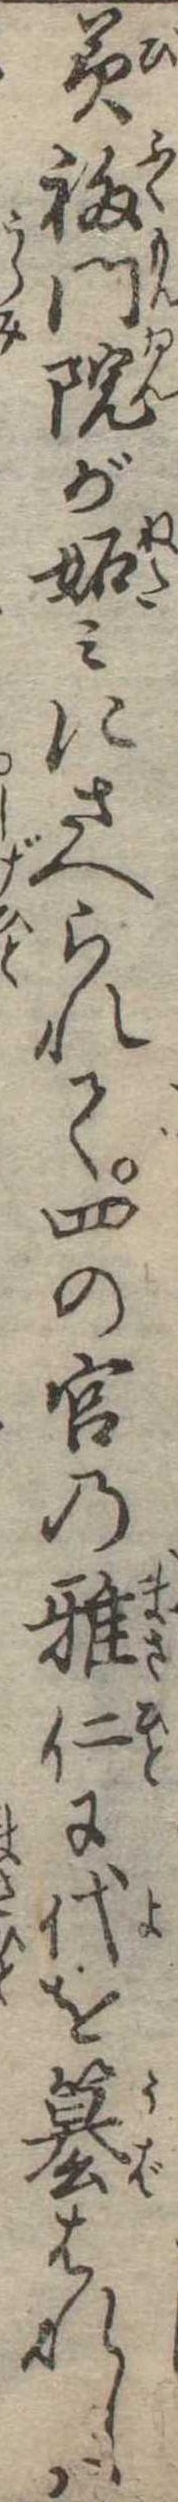
美福門院が妬みにさへられて四の宮の雅仁に代を簒はれしは